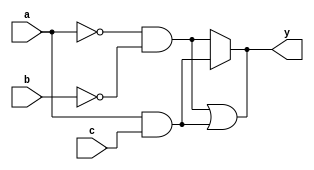
module hybrid_minimization (
    input wire a,          // Input variable a
    input wire b,          // Input variable b
    input wire c,          // Input variable c
    output wire y          // Output variable y
);

// Truth table mapping (example for a 3-variable function)
reg [7:0] truth_table; // 2^3 = 8 entries for 3 input variables
initial begin
    // Defining truth table values: Example for f(a,b,c) = a'b' + ac
    // a b c | y
    // 0 0 0 | 0
    // 0 0 1 | 0
    // 0 1 0 | 0
    // 0 1 1 | 0
    // 1 0 0 | 1 (a=1, b=0, c=0)
    // 1 0 1 | 0
    // 1 1 0 | 1 (a=1, b=1, c=0)
    // 1 1 1 | 0
    truth_table = 8'b00101000; // y = f(a,b,c)
end

// Algebraic minimization: Represents minimized function y = a'b' + ac
assign y = (~a & ~b) | (a & c);

// You can implement a MUX based on the minimized function if necessary
// Example MUX implementation to select between two expressions based on a control signal
wire select;
wire mux_out;

assign mux_out = select ? (a & c) : (~a & ~b);

// Final output assignment based on the mux
assign y = mux_out;

// Testing and validation should be done in a testbench which is not included here
endmodule